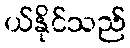
ယ်နိုင်သည်